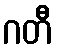
ဂတီ